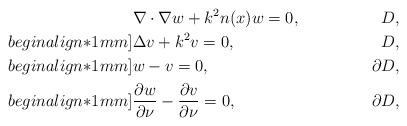
LaTeX: \begin{align*}&\nabla \cdot \nabla w+k^2n(x)w=0, & D,\\begin{align*}1mm]&\Delta v+k^2v=0, & D,\\begin{align*}1mm]&w -v = 0, & \partial D, \\begin{align*}1mm]& \frac{\partial w}{\partial \nu} - \frac{\partial v}{\partial \nu}= 0, & \partial D,\end{align*}